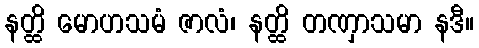
နတ္ထိ မောဟသမံ ဇာလံ၊ နတ္ထိ တဏှာသမာ နဒီ။